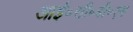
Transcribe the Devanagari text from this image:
आई॰सी॰बी॰एम